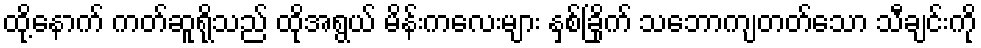
ထို့နောက် ကတ်ဆူရိုသည် ထိုအရွယ် မိန်းကလေးများ နှစ်ခြိုက် သဘောကျတတ်သော သီချင်းကို